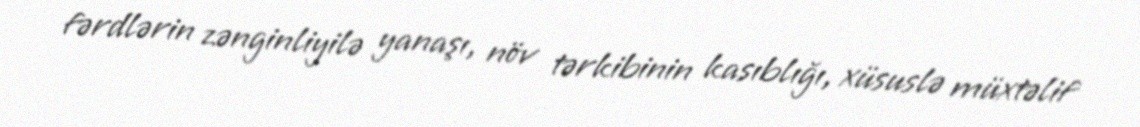
fərdlərin zənginliyilə yanaşı, növ tərkibinin kasıblığı, xüsuslə müxtəlif